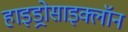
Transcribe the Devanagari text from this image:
हाइड्रोसाइक्लॉन